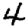
Digit: 4